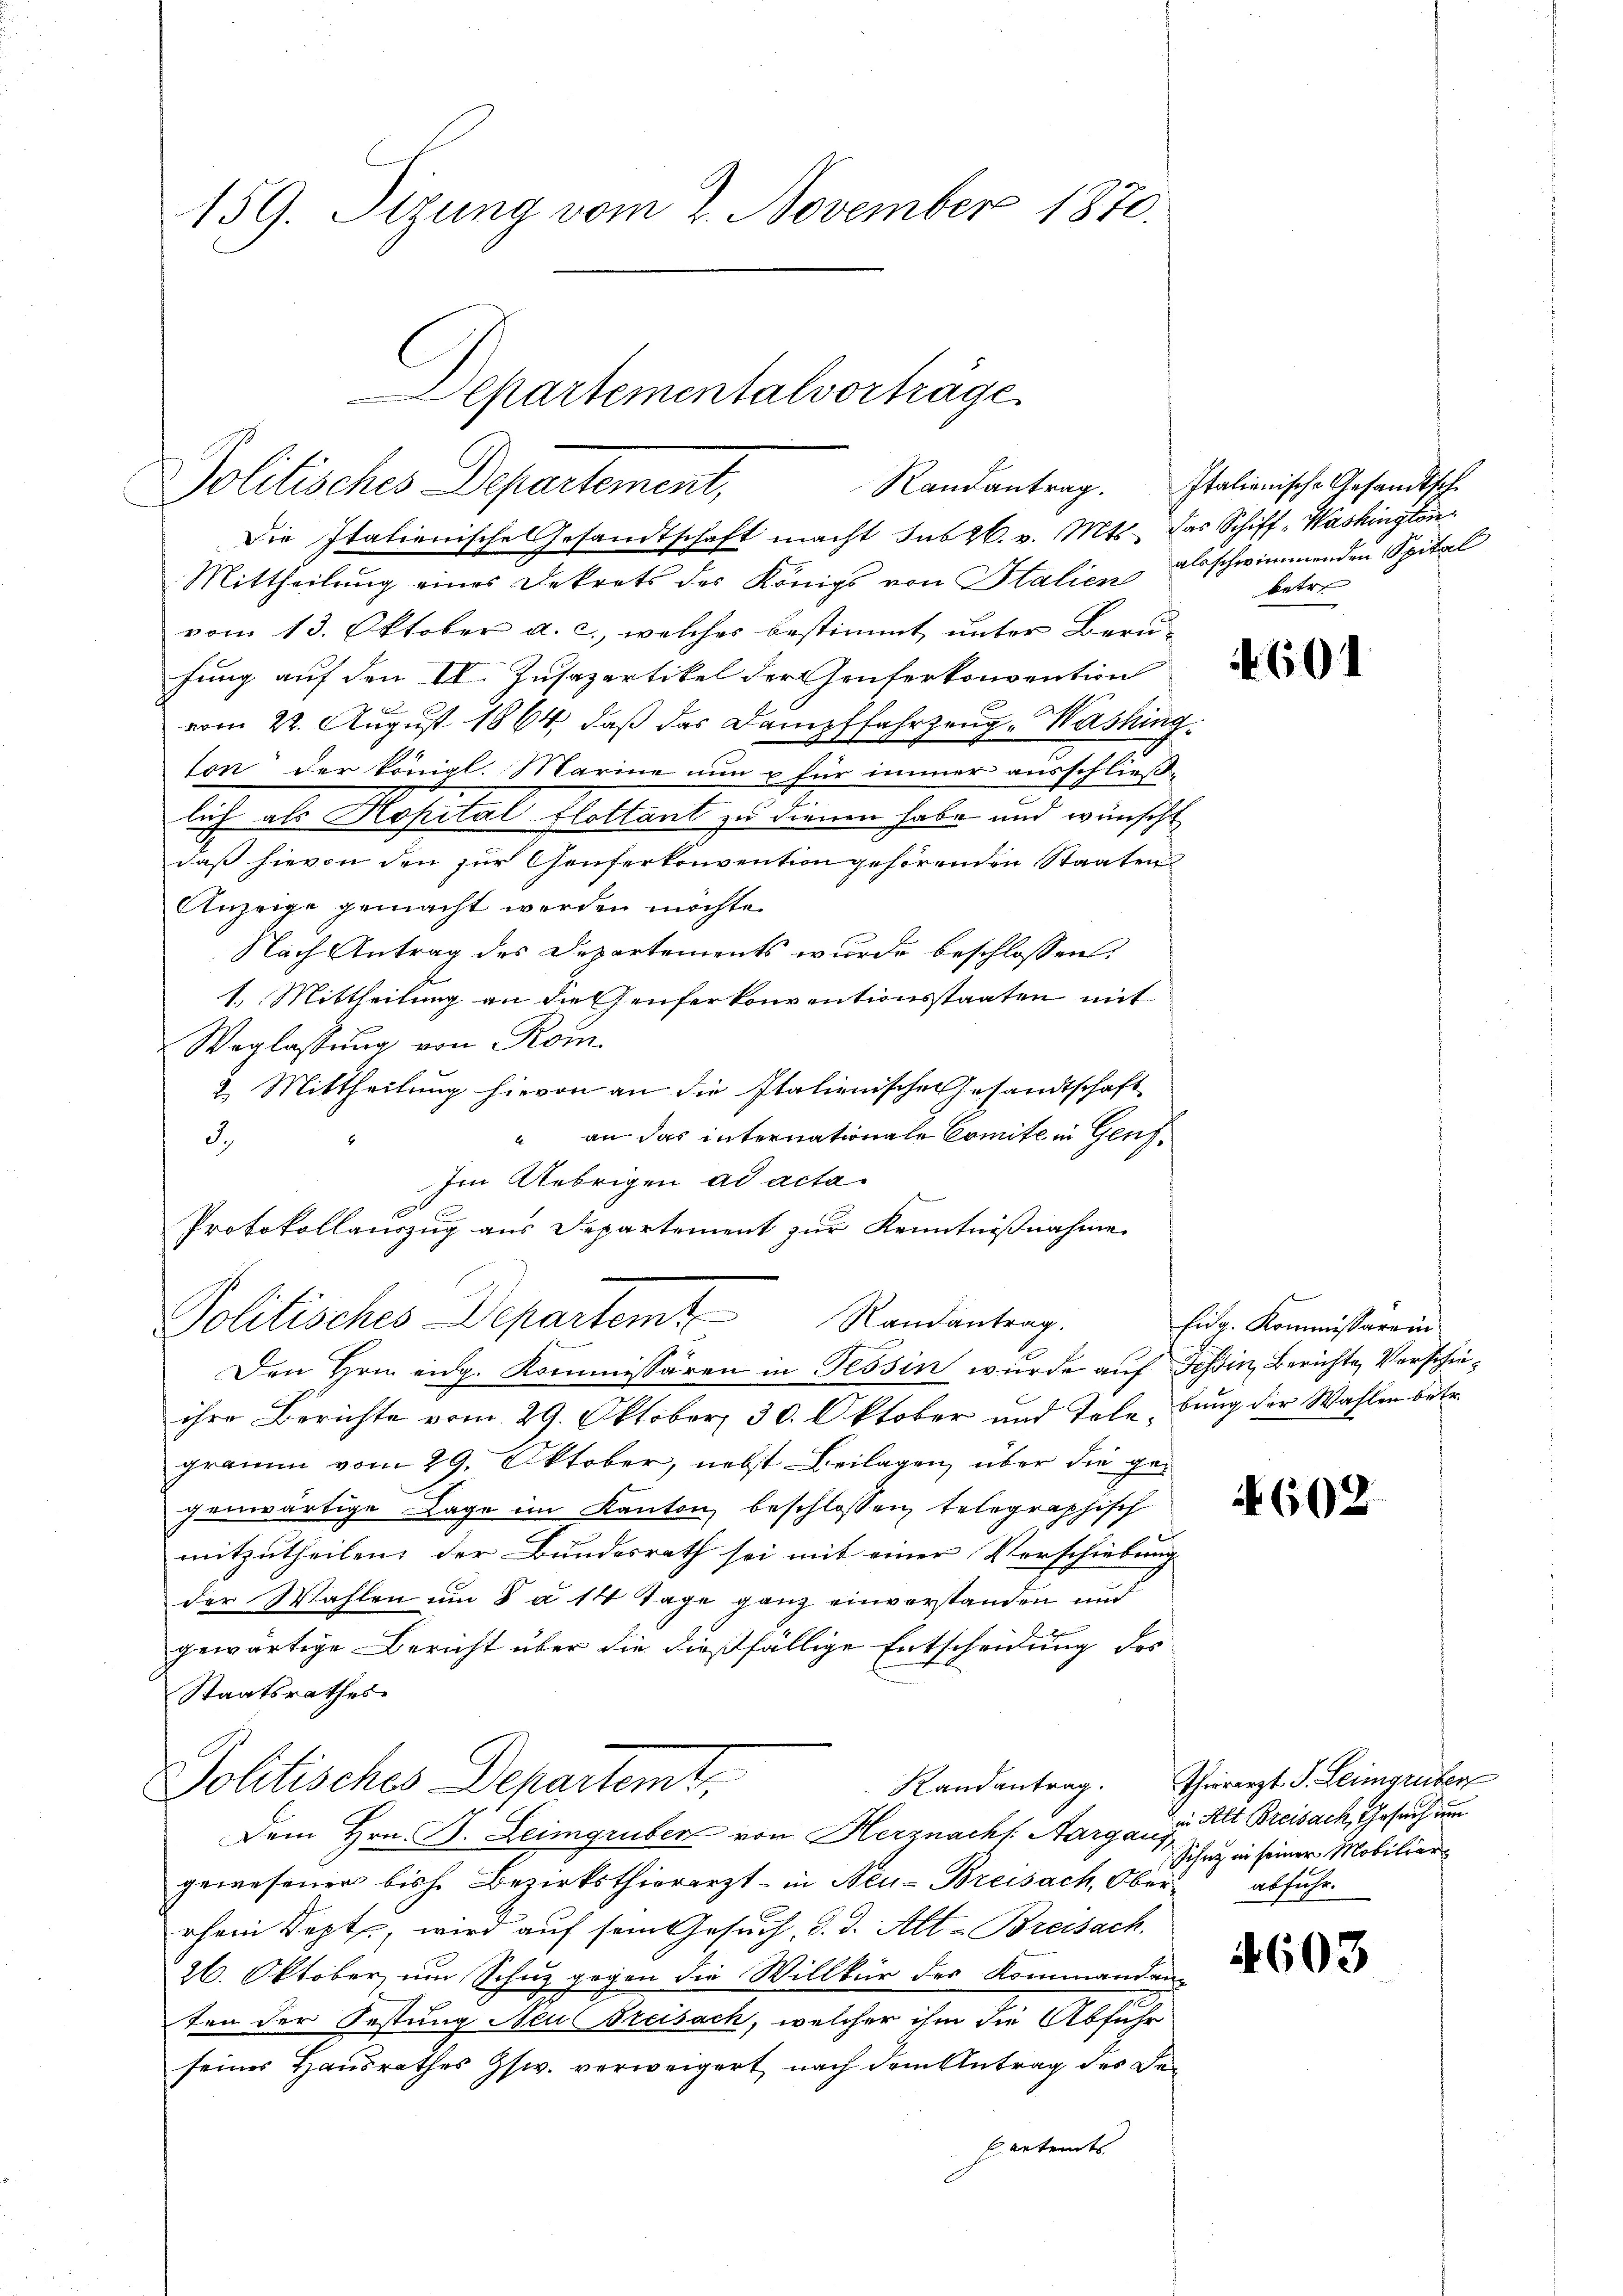
159. Setzung vom 2. November 1870.

Mittheilung eines Dekrets des Königs von Italien als schwimmenden Spital
vom 13. Oktober a. c., welches bestimmt unter Berufung auf den II. Zusazartikel der Genferkonvention
vom 22. August 1864, daß das Dampffahrzeug-Washing
ton der königl. Marine nun u für immer ausschließlich als Hopital flottant zu dienen habe und wünscht
daß hievon den für Genferkonvention gehörenden Staaten
Anzeige gemacht werden möchte.
Nach Antrag des Departements wurde beschlossen:
1.) Mittheilung an die Genferkonventionsstaaten mit
Weglassung von Rom.
2. Mittheilung hievon an die Italienischen Gesandtschaft
“ an das internationale Comite in Genf¬
3.,
Im Uebrigen ad acta
Den Hrn. eidg. Kommissären in Tessin wurde auf Tessin, Berichte Verscheiihre Berichte vom 29. Oktober 30. Oktober und Telebung der Wahlen betr.
gramm vom 29. Oktober, nebst Beilagen, über die gegenwärtige Lage im Kanton, beschlossen telegraphisch
mitzutheilen; der Bundesrath sei mit einer Verschiebung |
der Wahlen um 8 a 14 Tage ganz einverstanden und
gewärtige Bericht über die dießfällige Entscheidung des
Staatsrathes
Pollisches Departemt,
Dem Hrn. B. Leimgruber von Herznach Aargang Alt Breisach, Gesuch um
gewesener bish. Bezirksthierarzt in Neu-Breisach, Ober- abfuhrrhein Sept, wird auf sein Gesuch, d. d. Alt-Breisach.
26. Oktober, um Schuz gegen die Willkür des Kommandan-
ten der Festung Neu Breisach, welcher ihm die Abfuhr
seines Hausrathes Gsw. verweigert nach dem Antrag des De¬
Eertents

Protokollauszug aus Departement zur Kenntnißnahme.
Politisches Departemt Randantrag.

Politisches Departement,
Die Italienische Gesandtschaft macht sub 26. v. Mts. das Schiff-Washington

Departementalvorträge

Randantrag. Italienische Gesandtsch
betr.

601

Eidg. Kommissarein

4602

Randantrag. Thierarzt S. Leimgruber
Sihnz in seiner Mobiliar

4603